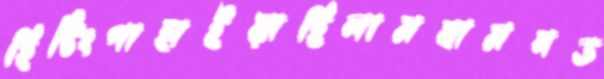
হিটিংগাহাইয়াছিলামবামনড